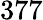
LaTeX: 377